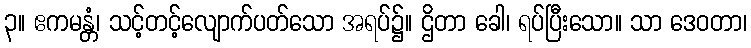
၃။ ဧကမန္တံ၊ သင့်တင့်လျောက်ပတ်သော အရပ်၌။ ဌိတာ ခေါ၊ ရပ်ပြီးသော။ သာ ဒေဝတာ၊